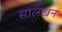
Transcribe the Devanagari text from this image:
सालखन